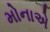
મોનાએ